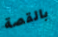
بالقصة